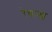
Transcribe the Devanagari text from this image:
रेयान्श